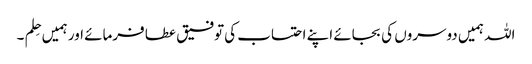
اللہ ہمیں دوسروں کی بجائے اپنے احتساب کی توفیق عطا فرمائے اور ہمیں حِلم ۔